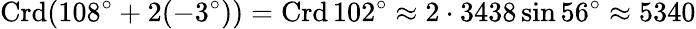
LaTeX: \operatorname{Crd}(108^{\circ}+2(-3^{\circ}))=\operatorname{Crd}102^{\circ}\approx 2\cdot 3438\sin 56^{\circ}\approx 5340